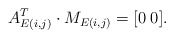
\begin{align*}A_{E(i,j)}^T \cdot M_{E(i,j)} = [0 \; 0 ]. \end{align*}